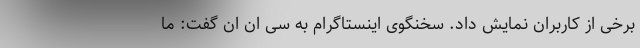
برخی از کاربران نمایش داد. سخنگوی اینستاگرام به سی ان ان گفت: ما